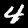
Digit: 4